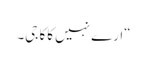
“ارے نہیں کاکا جی۔